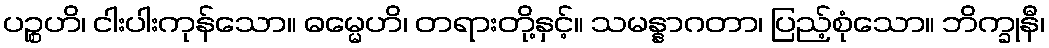
ပဉ္စဟိ၊ ငါးပါးကုန်သော။ ဓမ္မေဟိ၊ တရားတို့နှင့်။ သမန္နာဂတာ၊ ပြည့်စုံသော။ ဘိက္ခုနီ၊